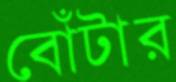
বোঁটার